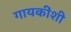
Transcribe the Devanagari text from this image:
गायकींशी